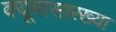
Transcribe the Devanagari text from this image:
क्यूबासारख्या